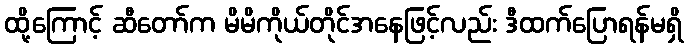
ထို့ကြောင့် ဆီတော်က မိမိကိုယ်တိုင်အနေဖြင့်လည်း ဒီထက်ပြောရန်မရှိ